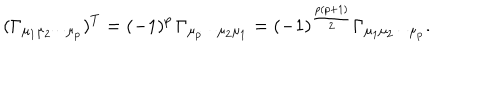
( \Gamma _ { \mu _ { 1 } \mu _ { 2 } \cdots \mu _ { p } } ) ^ { T } = ( - 1 ) ^ { p } \, \Gamma _ { \mu _ { p } \cdots \mu _ { 2 } \mu _ { 1 } } = ( - 1 ) ^ { \frac { p ( p + 1 ) } { 2 } } \Gamma _ { \mu _ { 1 } \mu _ { 2 } \cdots \mu _ { p } } .